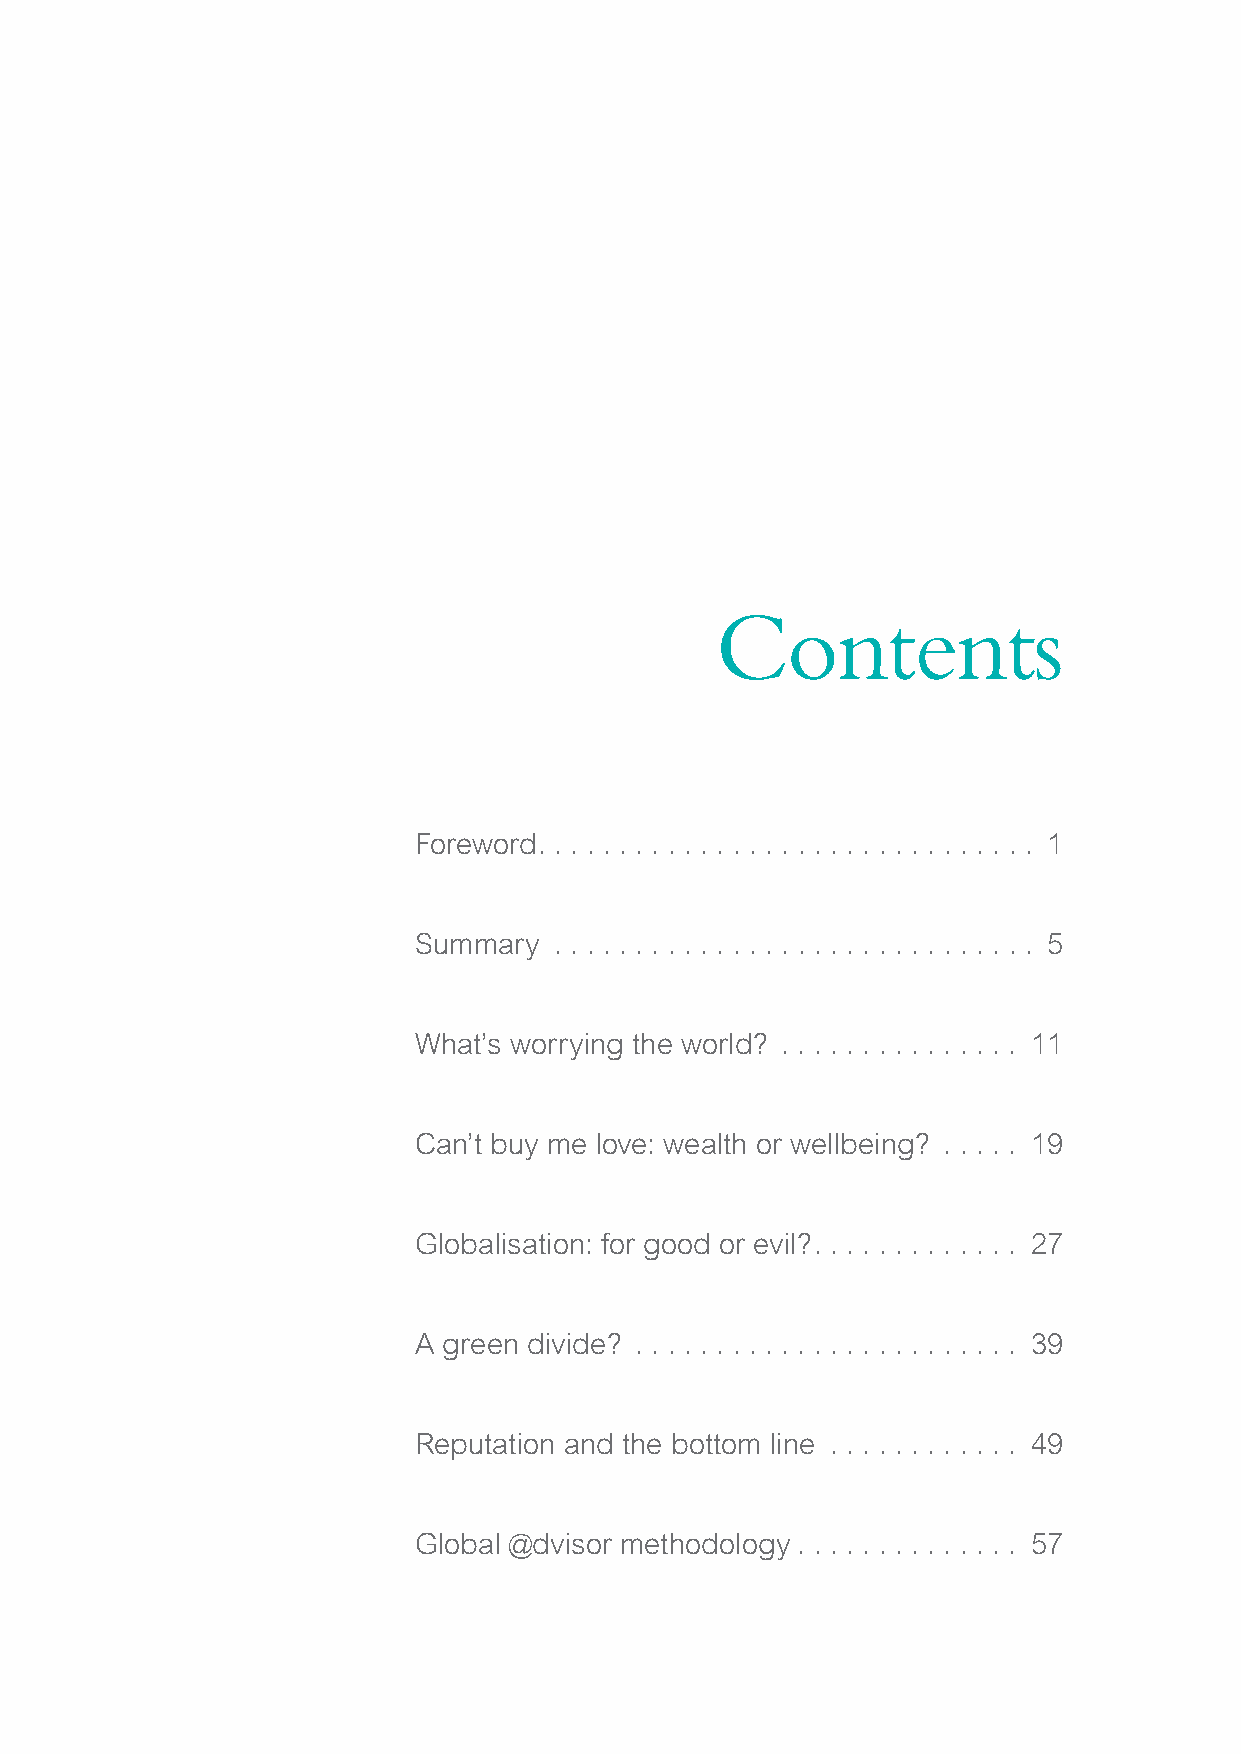
Contents
 Foreword. . . . . . . . . . . . . . . . . . . . . . . . . . . . . . . 1
 Summary   . . . . . . . . . . . . . . . . . . . . . . . . . . . . . . 5
 What’s worrying the world? . . . . . . . . . . . . . . . 11
 Can’t buy me love: wealth or wellbeing? . . . . . 19
 Globalisation: for good or evil?. . . . . . . . . . . . . 27
 A green divide? . . . . . . . . . . . . . . . . . . . . . . . . 39
 Reputation and the bottom line . . . . . . . . . . . . 49
 Global @dvisor methodology . . . . . . . . . . . . . . 57